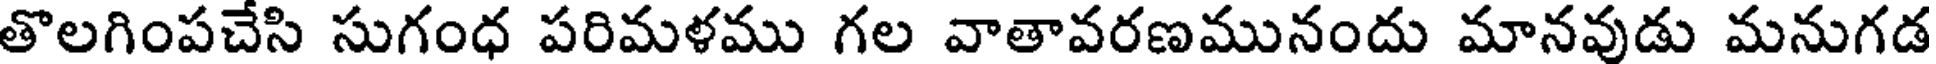
తొలగింపచేసి సుగంధ పరిమళము గల వాతావరణమునందు మానవుడు మనుగడ